Vaccination in the Punjab 1897-1904 - 1897-1904
Year: 1897
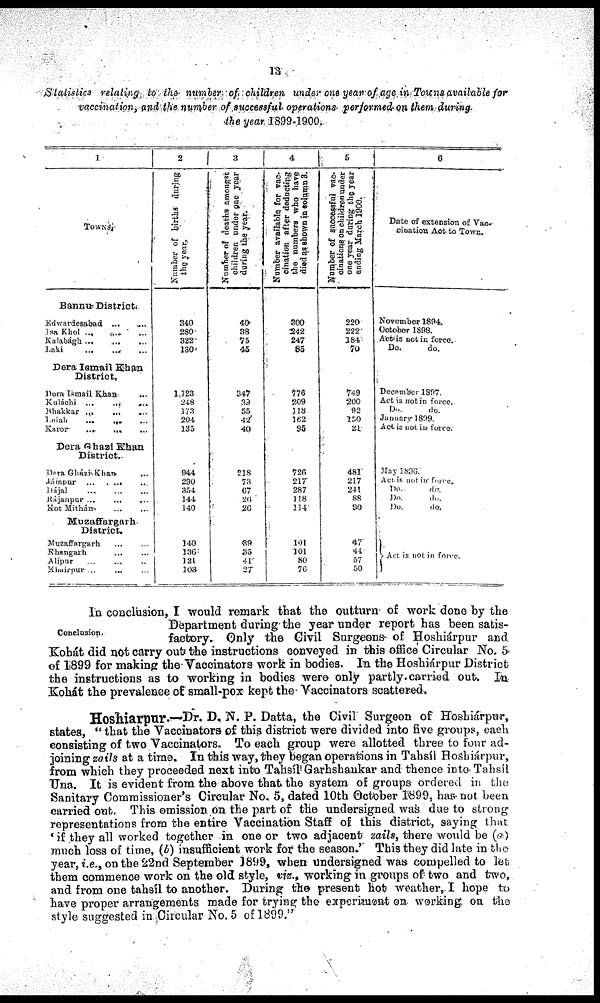
13
Statistics relating to the number of children under one year of age in Towns available for
vaccination, and the number of succssful operations performed on them during.
the year 1899-1900.
1
TOWNS.
Bannu District.
Edwardesabad ... ...
Isa Khel ... ... ...
Kalabágh
...
...
...
Laki
...
...
...
Dera Ismail Khan
District.
Dera Ismail Khan ...
Kuláchi ...
...
...
Bhakkar
...
...
...
Leiah
...
......
Karor
...
... ...
Dera Ghazi Khan
District.
Dera Gházi Khan ...
Jámpur
...
...
...
Dájal
...
...
...
Rájanpur ... ... ...
Hot Mithán. ... ...
Muzaffargarh
District.
Muzaffargarh ... ...
Khangarh ... ...
Alípur ... ... ...
Khairpur ... ... ...
2
Number of births during
the year.
340
280
322
130
1,123
248
173
204
135
944
290
354 144
140
140
136
121
103
3
Number of deaths among at
children under one year
during the year.
40
38
75
45
347
39
55
42
40
218
73
97
26
26
39
35
41
27
4
Number available for vac-
cination after deducting
the number who have
died an shown in column 3.
300
242
247
85
776
209
118
162
95
726
217
287
118
114
101
101
80
70
5
Number of successful vac¬
cinations on children under
one year daring the year
ending March 1900.
220
222
184
70
749
200
92
140
21.
481
217
211
88
90
47
44
57
50
6
Date of extension
of Vac¬
cination Act to Town.
November 1894.
October 1898.
Act is not in force.
Do.
do.
December 1897.
Act is not in force.
Do. do.
January 1899.
Act is not in force.
May 1896.
Act it not in f'orce
Do.
do.
Do.
do.
Do.
do.
Act is not in force.
Conclusion.
In conclusion, I would remark that the outturn of work done by the
Department during the year under report has been satis-
factory. Only the Civil Surgeons- of Hoshiárpur and
Kohát did not carry out the instructions conveyed in this office Circular No. 5
of 1899 for making the Vaccinators work in bodies. In the Hoshiárpur District
the instructions as to working in bodies were only partly carried out. In
Kohát the prevalence of small-pox kept the Vaccinators scattered,
Hoshiarpur.—Dr. D. N. P. Datta, the Civil Surgeon of Hoshiárpur,
states, " that the Vaccinators of this district were divided into five groups, eaeh
consisting of two Vaccinators. To each group were allotted three to four ad-
joining zails at a time. In this way, they began operations in Tahsíl Hoshiárpur,
from which they proceeded next into Tahsíl Garhshankar and thence in to Tahsíl
Una. It is evident from the above that the system of groups ordered in the
Sanitary Commissioner's Circular No. 5, dated 10th October 1899, has not been
carried out. This omission on the part of the undersigned was due to strong
representations from the entire Vaccination Staff of this district, saying that
' if they all worked together in one or two adjacent zails, there would be (a)
much loss of time, (b) insufficient work for the season.' This they did late in the
year, i.e., on the 22nd September 1899, when undersigned was compelled to let
them commence work on the old style, viz., working in groups of two and two,
and from one tahsíl to another. During the present hot weather. I hope to
have proper arrangements made for trying the experiment on working on the
style suggested in Circular No. 5 of 1899."